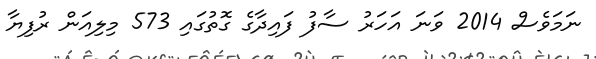
ނަމަވެސް 2014 ވަނަ އަހަރު ސާފު ފައިދާގެ ގޮތުގައި 573 މިލިއަން ރުފިޔާ